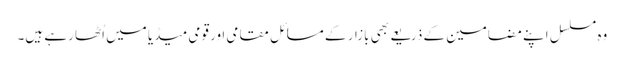
وہ مسلسل اپنے مضامین کے ذریعے بھی بازار کے مسائل مقامی اور قومی میڈیا میں اُٹھا رہے ہیں۔